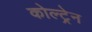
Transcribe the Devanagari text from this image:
कोल्ट्रेन